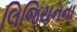
લિજિયનના